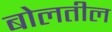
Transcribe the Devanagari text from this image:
बोलतील